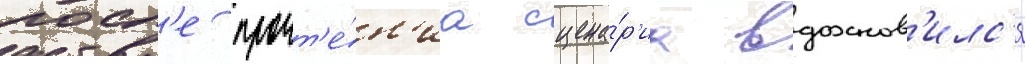
посл'е прочт'е́н'иа сцена́р'иа вдохнов'илс'я